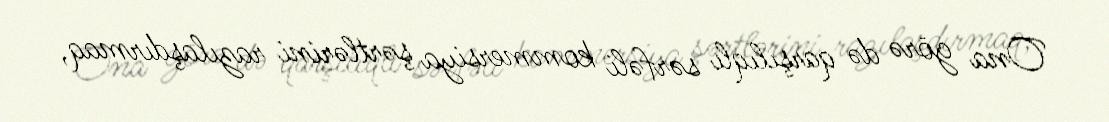
Ona görə də qarşılıqlı sərfəli kommersiya şərtlərini razılaşdırmaq,